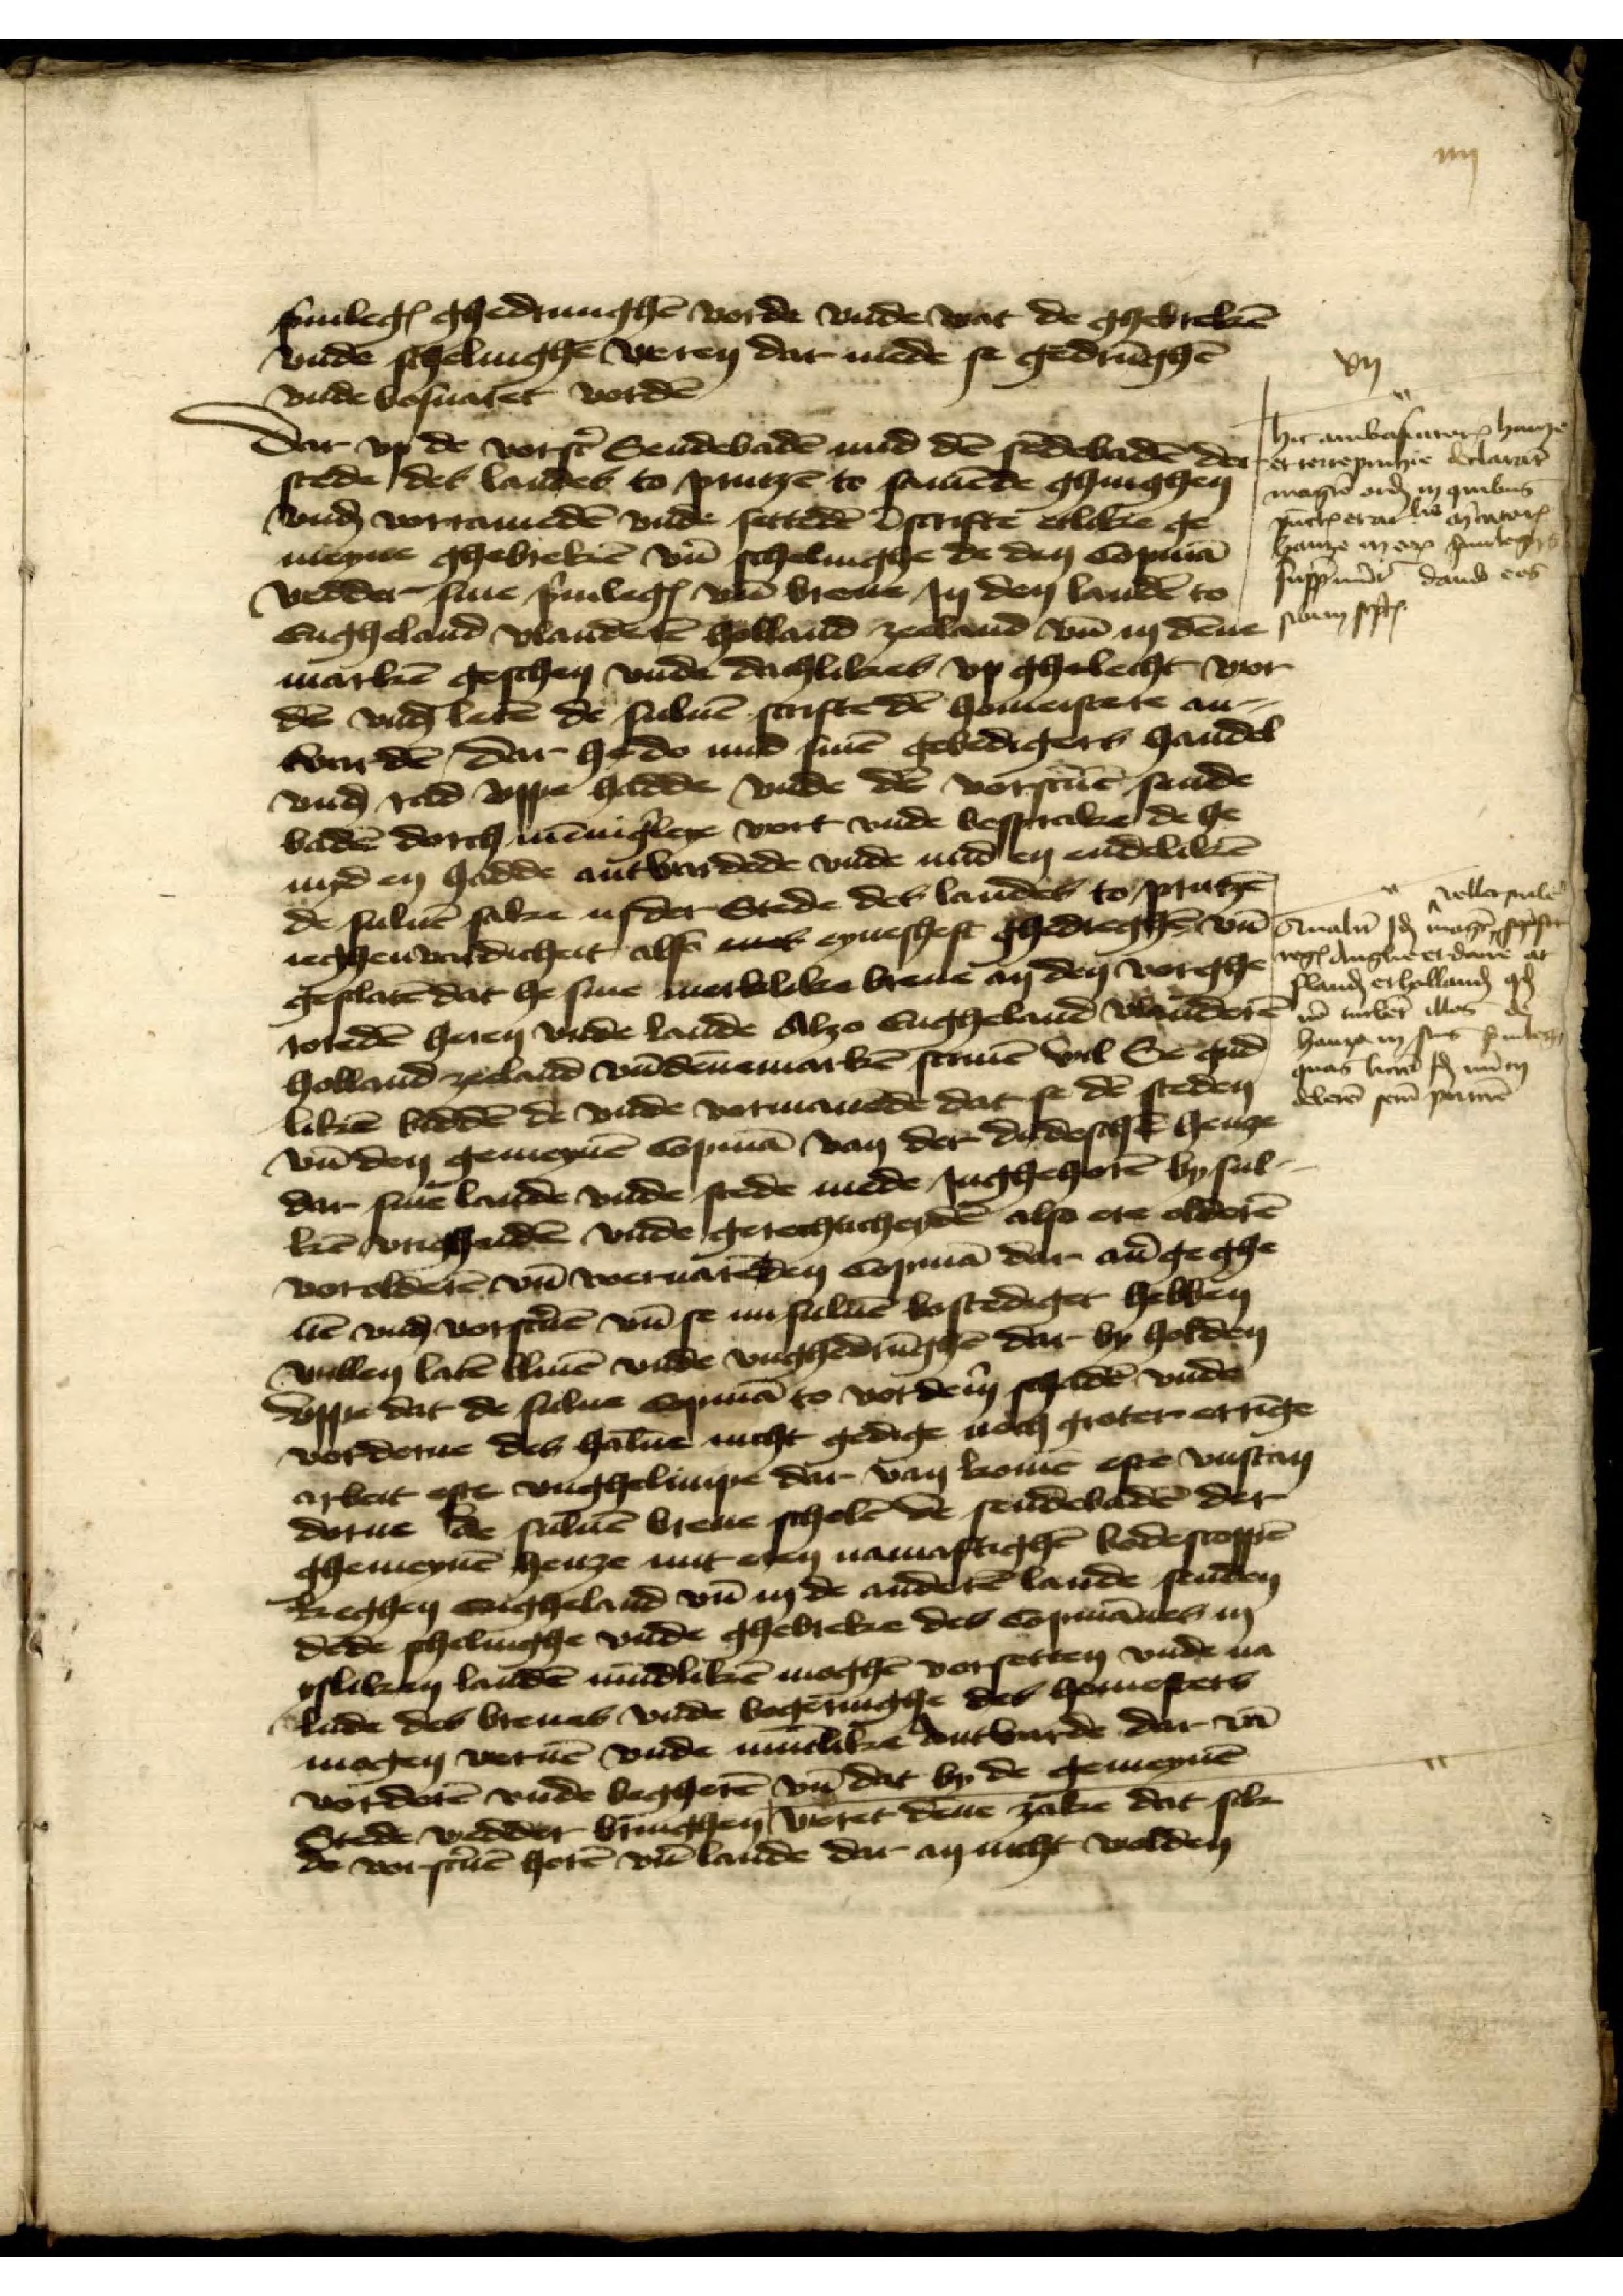
priuilegia ghedrunghen vorde vnde wat de ghebreken
vnde schelinghe weren dar mede se gedrunghen
vnde bosuaret vorden

xij

dar vp de vorscreuen Sendebaden mid den sendebaden der
stede des landes to prutzen to samende ghinghen
vnde vorrameden vnde settede bescrifte etlike ge¬
meyne ghebreken vnd schelinghe de den Copman
wedder sine priuilegia vnd breue Jn den landen to
Engheland Vlanderen Holland Zeeland vnd in denne
marken geschen vnde dagelikes vp ghelecht wor¬
den vnd leten de suluen scrifte den homeistere an¬
wurden dar he do mid sinen gebedigers handel
vnd rad vppe hadde vnde de vorscriuen sende¬
baden dorch mennigerleye vort vnde besprake de he
myd en hadde antwardede vnde mid en endeliken
de suluen sake in der Stede des landes to Prutzen
ieghenwardicheit also enes eynesheft ghedreghen vnd
geslaten dat he sinen merklike breue an den vorghe¬
toreden heren vnde lande Alzo Engheland Vlanderen
Holland Zeeland vnd Dennemarken scriuen vul Se gud¬
liken bidden de vnde vormanende dat se den steden
vnd den gemeynen copman van der de dudeschen henze
dar sine hadde vnde stede mede Jnghehoren by sul¬
ken vrigheiden vnde gerechticheyden alse ere olderen
vorolderen vnd voeruaren den copman dar auergeghe¬
uen vnd vorscriuen vnd se nu suluen bestediget hebben
willen laten bliuen vinde vnghedrungen dar by holden
vppe dat de sulue copman to vorderem schaden vnde
vorderue des haluen nicht gedige noch groter erringe
arbeit efte vnghelimpe dar van komen efte vnstan
dorue de suluen breue scholen de sendebaden der
ghemeynen henze mit den namaftighen bodescoppen
keghen Engheland vnd in de anderen lande senden
dede schelinghe vnde ghebreke des Copmanne in
ysliken landen mundliken moghen vorsetten vnde na
Rade des breues vnde begeringhe des homesters
mogen weruen vnde muntlike antworde dar van
vorderen vnde begheren vnd dat by de gemeynen
Stede wedder bringhen weret denne zake dat sik
de vorscriuen heren vnd lande dar in nicht wolden

Hir ambaster Hini
der emeyne Vlara
moge orde in amburg
punttera van wert
hanze in er hinbege
Jnspnde dande een
de vnd leten den suluen scrifte den homeistere an¬
schen sen

Colleue
manen so mogen gese¬
refange edeme at
lande erholland etcetera
vnd tuber iw de
Ha in sus pule
quas beuel vnde
vnd den gemeynen copman van der de desck henge
dar sine hadde vnde stede mede Jaghehoren by sul¬
ken vnghedden vnde gerechticheyden also ere olderen
vorolderen vnd vernattedden copman dar geghe
dorue de suluen breue scholen de sendebaden der
Beghen vngheland vnd in de anderen lande seden
laken landen mundliken moghen vorsetten vnde na
mosen vornen vnde nutlike antworde dar van
Jtede vedder vinghen weret denne zake dat sik
deleren en pane